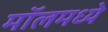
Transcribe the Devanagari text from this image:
मॉलमध्ये